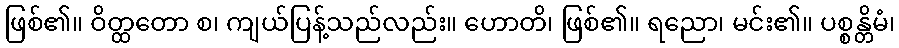
ဖြစ်၏။ ဝိတ္ထတော စ၊ ကျယ်ပြန့်သည်လည်း။ ဟောတိ၊ ဖြစ်၏။ ရညော၊ မင်း၏။ ပစ္စန္တိမံ၊